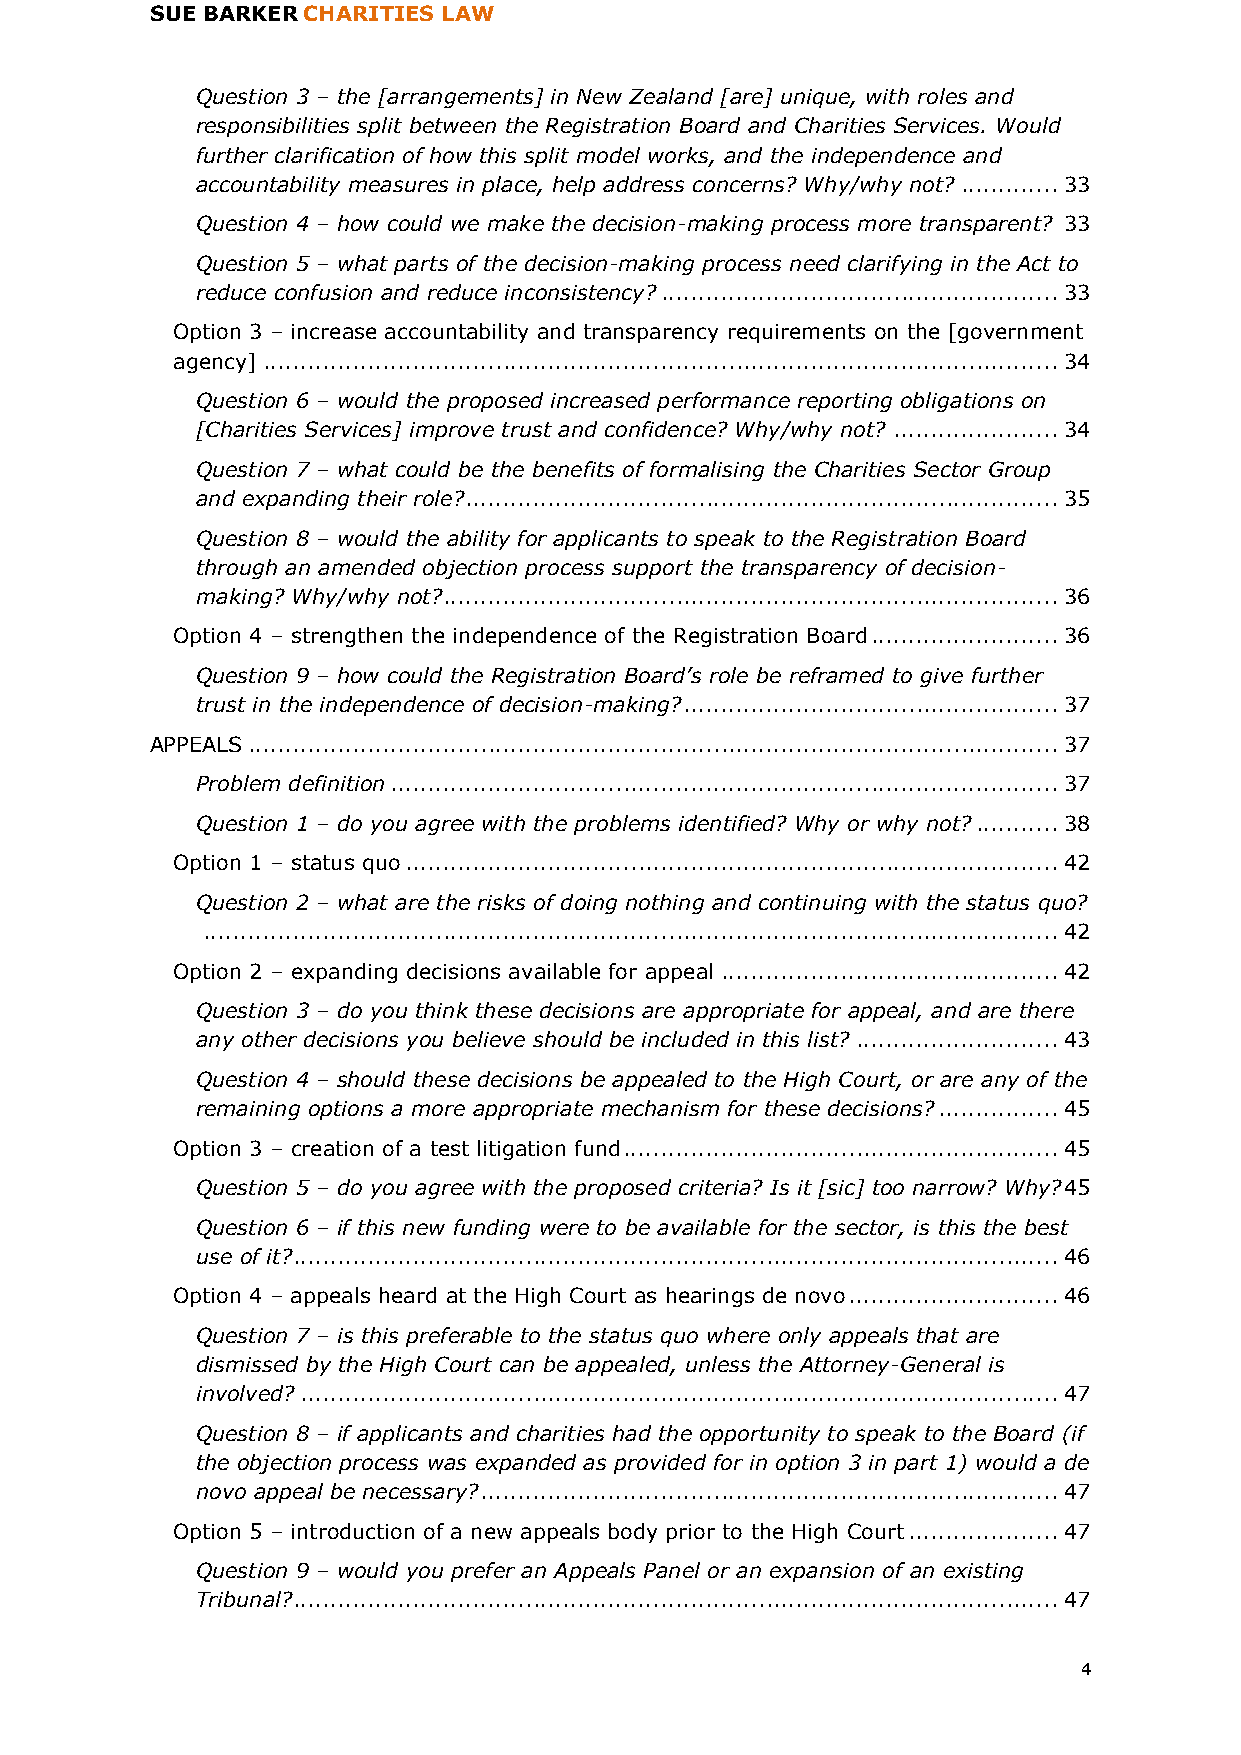
SUE BARKER CHARITIES LAW
 Question 3 – the [arrangements] in New Zealand [are] unique, with roles and
 responsibilities split between the Registration Board and Charities Services. Would
 further clarification of how this split model works, and the independence and
 accountability measures in place, help address concerns? Why/why not? ............. 33
 Question 4 – how could we make the decision-making process more transparent? 33
 Question 5 – what parts of the decision-making process need clarifying in the Act to
 reduce confusion and reduce inconsistency? ..................................................... 33
 Option 3 – increase accountability and transparency requirements on the [government
 agency] .......................................................................................................... 34
 Question 6 – would the proposed increased performance reporting obligations on
 [Charities Services] improve trust and confidence? Why/why not? ...................... 34
 Question 7 – what could be the benefits of formalising the Charities Sector Group
 and expanding their role? ............................................................................... 35
 Question 8 – would the ability for applicants to speak to the Registration Board
 through an amended objection process support the transparency of decision-
 making? Why/why not? .................................................................................. 36
 Option 4 – strengthen the independence of the Registration Board ......................... 36
 Question 9 – how could the Registration Board’s role be reframed to give further
 trust in the independence of decision-making? .................................................. 37
 APPEALS ............................................................................................................ 37
 Problem definition ......................................................................................... 37
 Question 1 – do you agree with the problems identified? Why or why not? ........... 38
 Option 1 – status quo ....................................................................................... 42
 Question 2 – what are the risks of doing nothing and continuing with the status quo?
 .................................................................................................................. 42
 Option 2 – expanding decisions available for appeal ............................................. 42
 Question 3 – do you think these decisions are appropriate for appeal, and are there
 any other decisions you believe should be included in this list? ........................... 43
 Question 4 – should these decisions be appealed to the High Court, or are any of the
 remaining options a more appropriate mechanism for these decisions? ................ 45
 Option 3 – creation of a test litigation fund .......................................................... 45
 Question 5 – do you agree with the proposed criteria? Is it [sic] too narrow? Why? 45
 Question 6 – if this new funding were to be available for the sector, is this the best
 use of it? ...................................................................................................... 46
 Option 4 – appeals heard at the High Court as hearings de novo ............................ 46
 Question 7 – is this preferable to the status quo where only appeals that are
 dismissed by the High Court can be appealed, unless the Attorney-General is
 involved? ..................................................................................................... 47
 Question 8 – if applicants and charities had the opportunity to speak to the Board (if
 the objection process was expanded as provided for in option 3 in part 1) would a de
 novo appeal be necessary? ............................................................................. 47
 Option 5 – introduction of a new appeals body prior to the High Court .................... 47
 Question 9 – would you prefer an Appeals Panel or an expansion of an existing
 Tribunal? ...................................................................................................... 47
 4